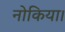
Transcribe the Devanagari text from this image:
नोकिया।